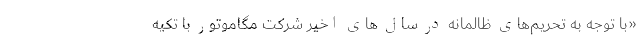
«با توجه به تحریم‌های ظالمانه در سال های اخیر شركت مگاموتور با تکیه